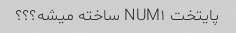
پایتخت NUM۱ ساخته میشه؟؟؟